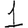
Digit: 1